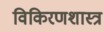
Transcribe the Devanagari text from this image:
विकिरणशास्त्र